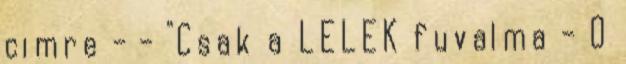
cimre - - "Csak a LELEK fuvalma - O